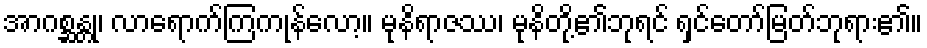
အာဂစ္ဆန္တု၊ လာရောက်ကြကုန်လော့။ မုနိရာဇဿ၊ မုနိတို့၏ဘုရင် ရှင်တော်မြတ်ဘုရား၏။